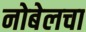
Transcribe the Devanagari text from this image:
नोबेलचा